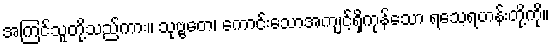
အကြင်သူတို့သည်ကား။ သုဗ္ဗတေ၊ ကောင်းသောအကျင့်ရှိကုန်သော ရသေ့ရဟန်းတို့ကို။